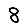
Digit: 8